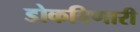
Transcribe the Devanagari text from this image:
डोकविणारी